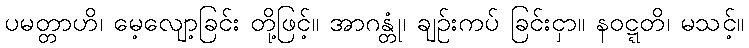
ပမတ္တာဟိ၊ မေ့လျော့ခြင်း တို့ဖြင့်။ အာဂန္တုံ၊ ချဉ်းကပ် ခြင်းငှာ။ နဝဋ္ဋတိ၊ မသင့်။